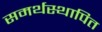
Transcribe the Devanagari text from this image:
समर्थस्थापित